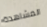
المشاهدة